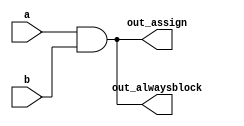
// This program was cloned from: https://github.com/milind7777/VerilogDocGen
// License: MIT License

module alwaysblock1(
  input a,
  input b,
  output out_assign,
  output reg out_alwaysblock

);

  assign out_assign = a & b;
  always @(*) out_alwaysblock = a & b;

endmodule